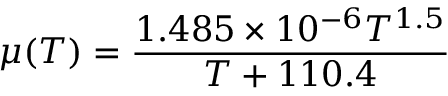
\mu ( T ) = \frac { 1 . 4 8 5 \times 1 0 ^ { - 6 } T ^ { 1 . 5 } } { T + 1 1 0 . 4 }